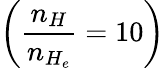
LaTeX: \left(\frac{n_{H}}{n_{H_{e}}}=10\right)